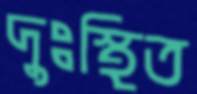
দুঃস্থিত